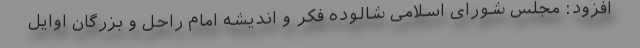
افزود: مجلس شورای اسلامی شالوده فکر و اندیشه امام راحل و بزرگان اوایل